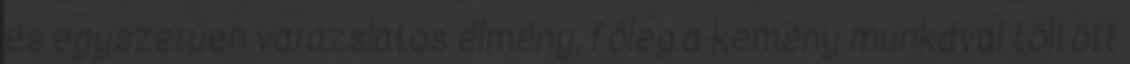
és egyszerűen varázslatos élmény, főleg a kemény munkával töltött